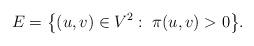
LaTeX: \begin{align*}E=\big\{(u,v)\in V^2:\; \pi(u,v)>0\big\}.\end{align*}